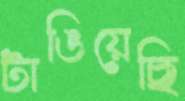
টাঙিয়েছি